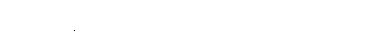
သို့သော် မ္လယ်တာသည်သာလျှင် အရင်းခံ ဖြစ်သည်။